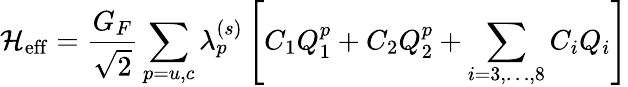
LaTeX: {\cal H}_{\mathrm{eff}}=\frac{G_{F}}{\sqrt{2}}\sum_{p=u,c}\lambda_{p}^{(s)}\left[C_{1}Q_{1}^{p}+C_{2}Q_{2}^{p}+\sum_{i=3,\ldots,8}C_{i}Q_{i}\right]